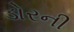
ડોરની